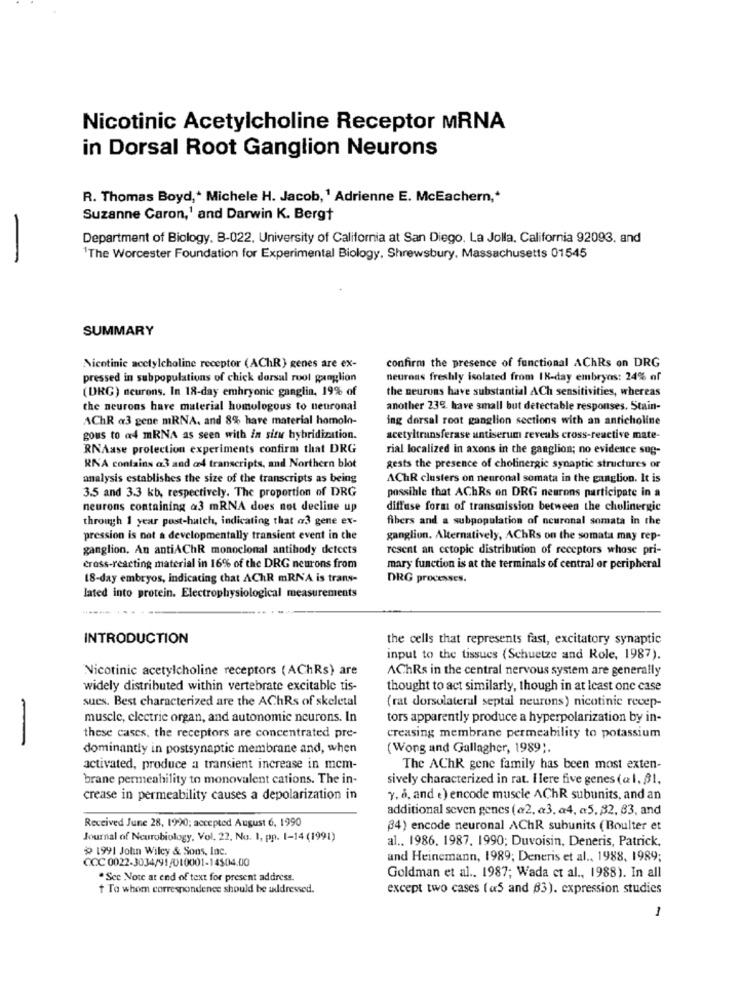
Nicotinic Acetylcholine Receptor MRNA
in Dorsal Root Ganglion Neurons
R. Thomas Boyd ,* Michele H. Jacob,' Adrienne E. McEachern ,*
Suzanne Caron,' and Darwin K. Bergt
Department of Biology, B-022, University of California at San Diego, La Jolla, California 92093. and
-
1The Worcester Foundation for Experimental Biology, Shrewsbury, Massachusetts 01545
SUMMARY
Nicotinic acetylcholine receptor (AChR) genes are ex-
confirm the presence of functional AChRs on DRG
pressed in subpopulations of chick dorsal ruot ganglion
neurons freshly isolated from IK-day embryos: 24% of
(DRG) neurons. In 18-day embryonic ganglia, 19% of
the neurons have substantial ACh sensitivities, whereas
the neurons have material homologous to neuronal
another 23%. have small but detectable responses. Stain-
AChR a3 gene mRNA. and 8% have material homolo-
ing dorsal root ganglion sections with an anticholine
gous to a4 mRNA as seen with in situ hybridization.
acetyltransferase antiserum reveals cross-reactive mate-
RNAase protection experiments confirm that DRG
rial localized in axons in the ganglion; no evidence sug-
RNA conlains a3 and ad transcripts, and Northern blot
gests the presence of cholinergic synaptic structures or
analysis establishes the size of the transcripts as being
AChR clusters on neuronal somata in the ganglion. It is
3.5 and 3.3 kb, respectively. The proportion of DRG
possible that AChRs on DRG neurons participate in a
neurons containing a3 mRNA does not decline up
diffuse form of transmission between the cholinergic
through 1 year post-hatch, indicating that a3 gene ex-
fibers and a subpopulation of neuronal somata in the
pression is not a developmentally transient event in the
ganglion. Alternatively, AChRs on the somata may rep-
ganglion. An antiAChR monoclonal antibody detects
resent an ectopic distribution of receptors whose pri-
cross-reacting material in 16% of the DRG neurons from
mary function is at the terminals of central or peripheral
18-day embryos, indicating that AChR mRNA is trans-
DRG processes.
lated into protein. Electrophysiological measurements
INTRODUCTION
the cells that represents fast, excitatory synaptic
input to the tissues (Schuetze and Role, 1987).
Nicotinic acetylcholine receptors (AChRs) are
AChRs in the central nervous system are generally
widely distributed within vertebrate excitable tis-
thought to act similarly, though in at least one case
sues. Best characterized are the AChRs of skeletal
(rat dorsolateral septal neurons) nicotinic recep-
muscle, electric organ, and autonomic neurons. In
tors apparently produce a hyperpolarization by in-
-
these cases, the receptors are concentrated pre-
creasing membrane permeability to potassium
dominantly in postsynaptic membrane and, when
(Wong and Gallagher, 1989).
activated, produce a transient increase in mcm-
The AChR gene family has been most exten-
brane permeability to monovalent cations. The in-
sively characterized in rat. Ilere five genes (a 1. 81.
crease in permeability causes a depolarization in
y, 6, and e) encode muscle AChR subunits, and an
additional seven genes (@2, «3, a4, a5, 32, 83, and
Received June 28, 1990; accepted August 6, 1990
(4) encode neuronal AChR subunits (Boulter et
Journal of Neurobiology, Vol. 22. No. 1, pp. 1-14 (1991)
al .. 1986. 1987. 1990; Duvoisin, Deneris, Patrick,
≥ 1991 John Wiley & Sons, Inc.
and Heinemann, 1989; Deneris et al ., 1988, 1989;
CCC 0022-3034/91/010001-14504.00
.See Note at end of text for present address.
Goldman et al .. 1987; Wada ct al ., 1988). In all
+ Ta whom correspondence should be addressed.
except two cases («5 and 63). expression studies
-